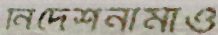
নির্দেশনামাও